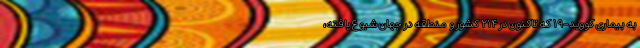
به بیماری کووید-۱۹ که تاکنون در ۲۱۴ کشور و منطقه در جهان شیوع یافته،